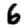
Digit: 6